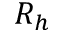
R _ { h }